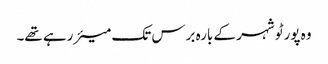
وہ پورٹو شہر کے بارہ برس تک میئر رہے تھے۔